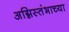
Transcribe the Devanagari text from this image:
अग्निस्तंभाच्या